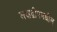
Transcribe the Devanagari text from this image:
लक्षद्वीपमधील